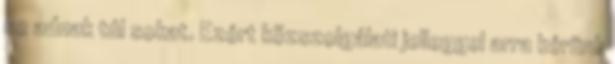
se adnak túl sokat. Ezért közszolgálati jelleggel arra kérünk